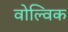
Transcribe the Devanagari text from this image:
वोल्विक